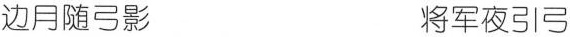
边月随弓影 将军夜引弓